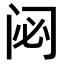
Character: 𮤲